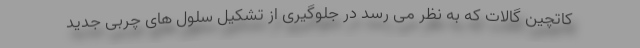
کاتچین گالات که به نظر می رسد در جلوگیری از تشکیل سلول های چربی جدید